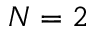
N = 2